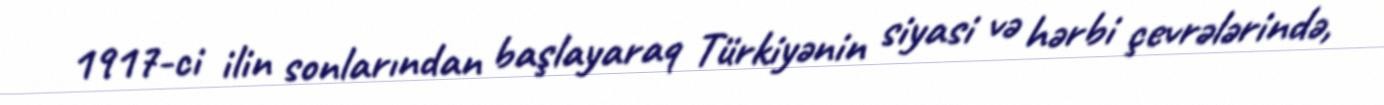
1917-ci ilin sonlarından başlayaraq Türkiyənin siyasi və hərbi çevrələrində,